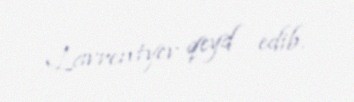
Lavrentyev qeyd edib.